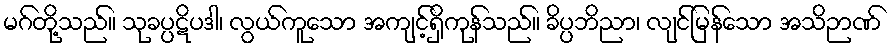
မဂ်တို့သည်။ သုခပ္ပဋိပဒါ၊ လွယ်ကူသော အကျင့်ရှိကုန်သည်။ ခိပ္ပဘိညာ၊ လျင်မြန်သော အသိဉာဏ်